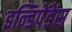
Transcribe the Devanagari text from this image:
इन्डिपेंडेंस